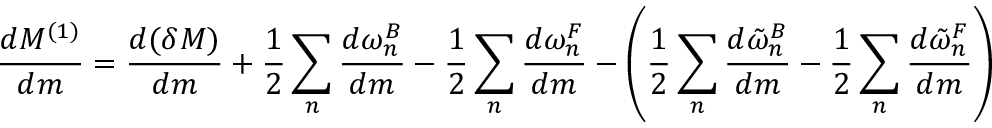
{ \frac { d M ^ { ( 1 ) } } { d m } } = { \frac { d ( \delta M ) } { d m } } + { \frac { 1 } { 2 } } \sum _ { n } { \frac { d \omega _ { n } ^ { B } } { d m } } - { \frac { 1 } { 2 } } \sum _ { n } { \frac { d \omega _ { n } ^ { F } } { d m } } - \left( { \frac { 1 } { 2 } } \sum _ { n } { \frac { d \tilde { \omega } _ { n } ^ { B } } { d m } } - { \frac { 1 } { 2 } } \sum _ { n } { \frac { d \tilde { \omega } _ { n } ^ { F } } { d m } } \right)